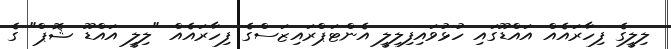
ލިލީގެ ފިހާރައެއް އައްޑޫގައި ހުޅުވައިފިލިލީ އެންޓަޕްރައިޒަސްގެ ފިހާރައެއް "ލިލީ އައްޑޫ ޝޮޕް" ގެ